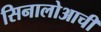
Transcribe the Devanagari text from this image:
सिनालोआची